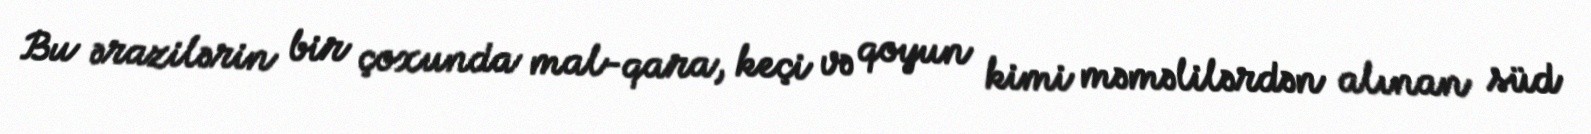
Bu ərazilərin bir çoxunda mal-qara, keçi və qoyun kimi məməlilərdən alınan süd